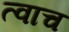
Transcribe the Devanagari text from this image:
त्वाच